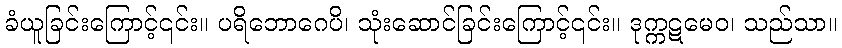
ခံယူခြင်းကြောင့်၎င်း။ ပရိဘောဂေပိ၊ သုံးဆောင်ခြင်းကြောင့်၎င်း။ ဒုက္ကဋမေဝ၊ သည်သာ။